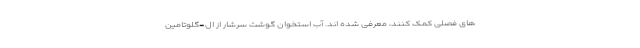
های فصلی کمک کنند، معرفی شده اند. آب استخوان گوشت سرشار از ال-گلوتامین